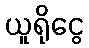
ယူရိုငွေ